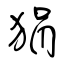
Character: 狷